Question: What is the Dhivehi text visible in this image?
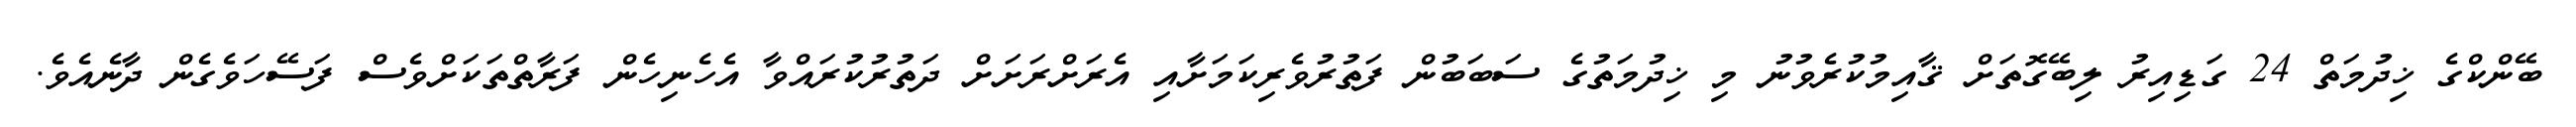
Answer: ބޭންކްގެ ޚިދުމަތް 24 ގަޑިއިރު ލިބޭގޮތަށް ޤާއިމުކުރެވުނު މި ޚިދުމަތުގެ ސަބަބުން ފަތުރުވެރިކަމަށާއި އެރަށްރަށަށް ދަތުރުކުރައްވާ އެހެނިހެން ފަރާތްތަކަށްވެސް ފަސޭހަވެގެން ދާނެއެވެ.